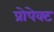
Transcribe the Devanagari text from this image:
प्रोपेक्ट